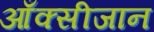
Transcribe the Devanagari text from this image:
आँक्सीजान